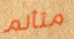
متألم